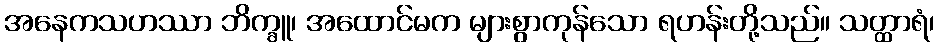
အနေကသဟဿာ ဘိက္ခူ၊ အထောင်မက များစွာကုန်သော ရဟန်းတို့သည်။ သတ္ထာရံ၊